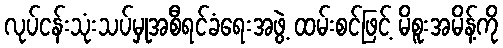
လုပ်ငန်းသုံးသပ်မှုအစီရင်ခံရေးအဖွဲ့ ထမ်းစင်ဖြင့် မိစူးအမိန့်ကို